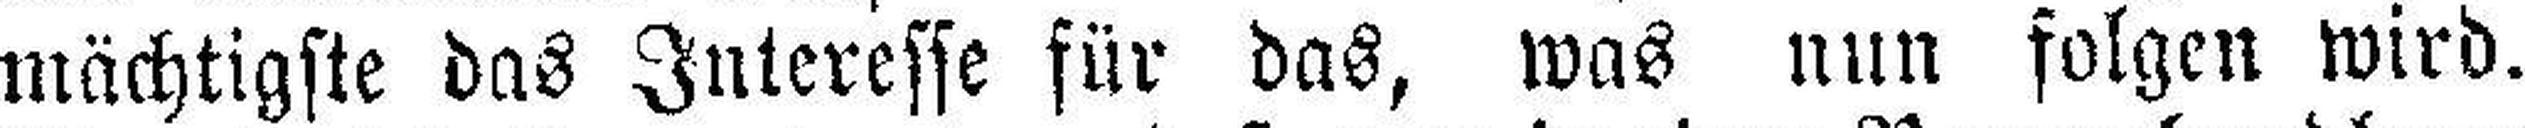
mächtigste das Interesse für das, was nun folgen wird.